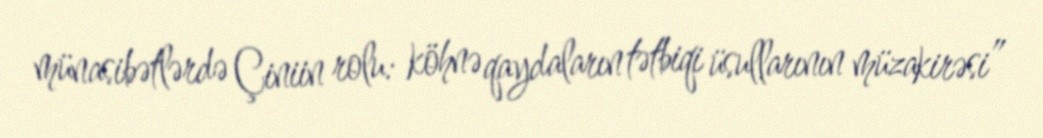
münasibətlərdə Çiniin rolu: köhnə qaydaların tətbiqi üsullarının müzakirəsi”